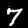
Digit: 7